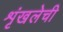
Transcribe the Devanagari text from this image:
शृंखलेची